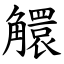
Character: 䚪